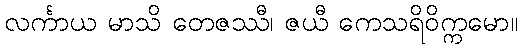
လင်္ကာယ မာသိ တေဇဿီ၊ ဇယီ ကေသရိဝိက္ကမော။